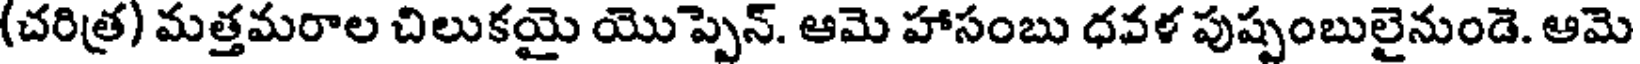
(చరిత్ర) మత్తమరాల చిలుకయై యొప్పెన్. ఆమె హాసంబు ధవళ పుష్పంబులైనుండె. ఆమె